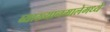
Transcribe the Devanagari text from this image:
व्याख्यानमालेमध्ये